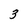
Character: 3